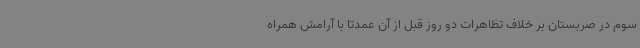
سوم در صربستان بر خلاف تظاهرات دو روز قبل از آن عمدتا با آرامش همراه